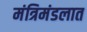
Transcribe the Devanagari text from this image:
मंत्रिमंडलात